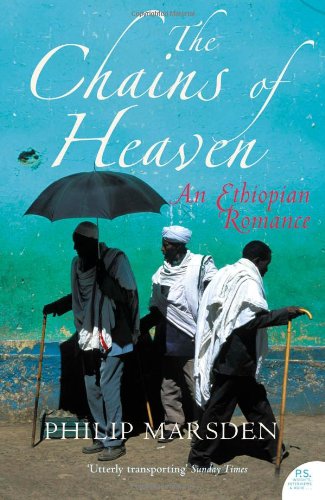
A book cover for The Chains of Heaven: An Ethiopian Adventure; Philip Marsden; Travel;